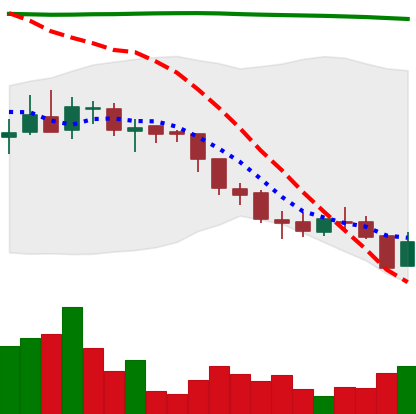
Ticker: ADA-USD
Chart end date: 2018-08-09
Forward return: -23.355%
Label: down_7plus